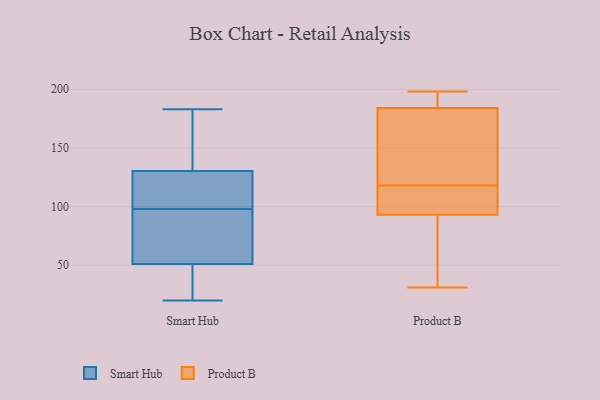
{"axis": {"x": "Net Income (USD K)", "y": "Value"}, "legend": ["Product B", "Smart Hub"], "data": [{"x": "", "y": 161, "type": "Smart Hub"}, {"x": "", "y": 103, "type": "Smart Hub"}, {"x": "", "y": 26, "type": "Smart Hub"}, {"x": "", "y": 103, "type": "Smart Hub"}, {"x": "", "y": 98, "type": "Smart Hub"}, {"x": "", "y": 129, "type": "Smart Hub"}, {"x": "", "y": 183, "type": "Smart Hub"}, {"x": "", "y": 134, "type": "Smart Hub"}, {"x": "", "y": 20, "type": "Smart Hub"}, {"x": "", "y": 42, "type": "Smart Hub"}, {"x": "", "y": 107, "type": "Smart Hub"}, {"x": "", "y": 170, "type": "Smart Hub"}, {"x": "", "y": 54, "type": "Smart Hub"}, {"x": "", "y": 68, "type": "Smart Hub"}, {"x": "", "y": 77, "type": "Smart Hub"}, {"x": "", "y": 75, "type": "Smart Hub"}, {"x": "", "y": 35, "type": "Smart Hub"}, {"x": "", "y": 124, "type": "Product B"}, {"x": "", "y": 31, "type": "Product B"}, {"x": "", "y": 132, "type": "Product B"}, {"x": "", "y": 186, "type": "Product B"}, {"x": "", "y": 49, "type": "Product B"}, {"x": "", "y": 93, "type": "Product B"}, {"x": "", "y": 109, "type": "Product B"}, {"x": "", "y": 184, "type": "Product B"}, {"x": "", "y": 58, "type": "Product B"}, {"x": "", "y": 194, "type": "Product B"}, {"x": "", "y": 112, "type": "Product B"}, {"x": "", "y": 198, "type": "Product B"}, {"x": "", "y": 110, "type": "Product B"}, {"x": "", "y": 180, "type": "Product B"}]}